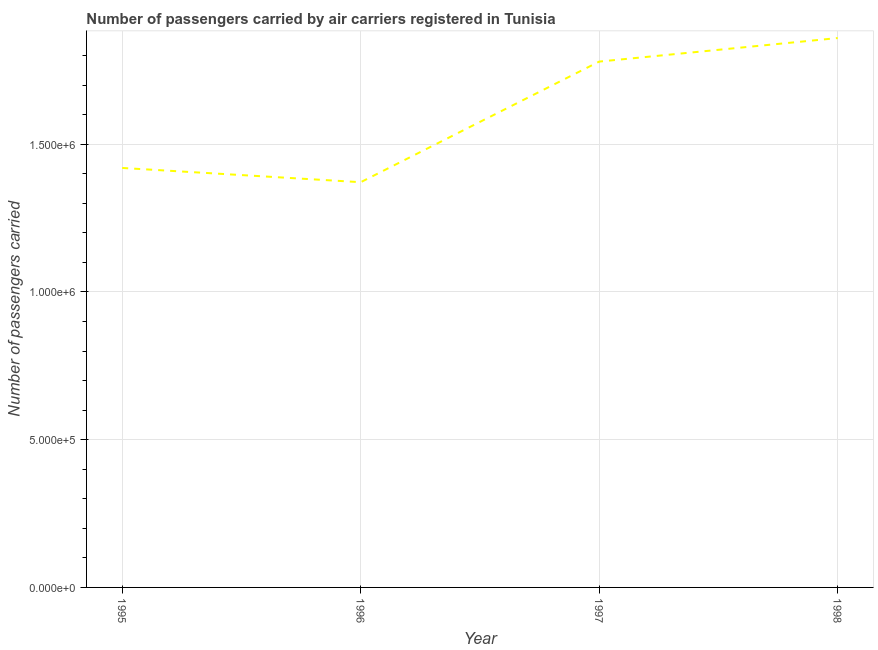
| Year | Air transport |
 | --- | --- |
 | 1995 | 1.42e+06 |
 | 1996 | 1.37e+06 |
 | 1997 | 1.78e+06 |
 | 1998 | 1.86e+06 |